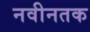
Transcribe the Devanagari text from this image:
नवीनतक